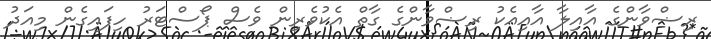
ރިޟްވާންގެ އާއިލާ އާއިއެކު ރިޟްވާންގެ ގާތް އެކުވެރިން ވެސް ޕޯސްޓަރު ހިފައިގެން މިއަދު